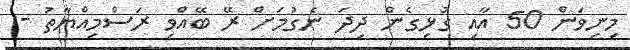
މިނިވަން 50 އާއި ގުޅިގެން ދިދަ ނެގުމަށް ރޭ ބޭއްވި ރަސްމިއްޔާތު -